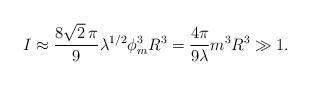
LaTeX: \begin{align*}I \approx {8\sqrt{2}\,\pi\over 9}\lambda^{1/2}\phi_m^3 R^3 = {4\pi\over 9\lambda}m^3 R^3 \gg 1. \end{align*}